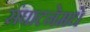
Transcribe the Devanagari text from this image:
संघाटनेमधे